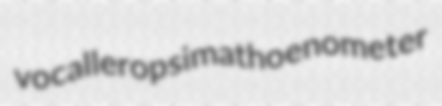
vocaller opsimath oenometer